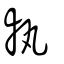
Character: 執